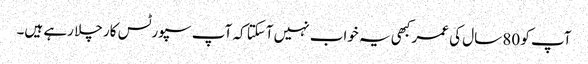
آپ کو 80 سال کی عمر کبھی یہ خواب نہیں آسکتا کہ آپ سپورٹس کار چلا رہے ہیں۔